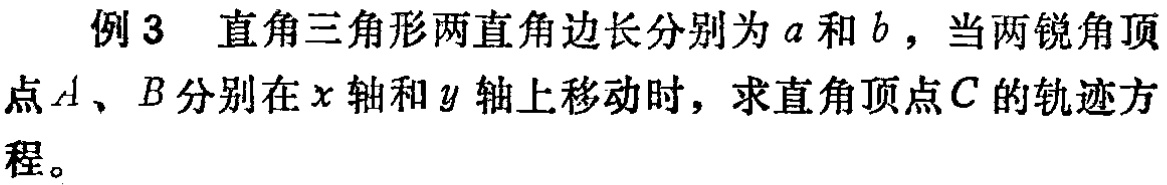
例3 直角三角形两直角边长分别为\(a\)和\(b\)，当两锐角顶点\(A\)、\(B\)分别在\(x\)轴和\(y\)轴上移动时，求直角顶点\(C\)的轨迹方程。